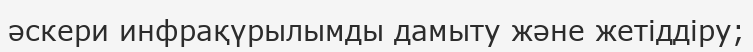
әскери инфрақүрылымды дамыту және жетіддіру;